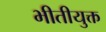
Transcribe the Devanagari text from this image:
भीतीयुक्त